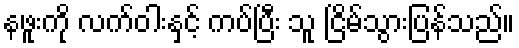
နဖူးကို လက်ဝါးနှင့် ကပ်ပြီး သူ ငြိမ်သွားပြန်သည်။